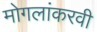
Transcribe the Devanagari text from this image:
मोगलांकरवी